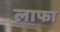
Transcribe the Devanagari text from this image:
लाफा